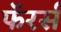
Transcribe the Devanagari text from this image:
फॅरर्स